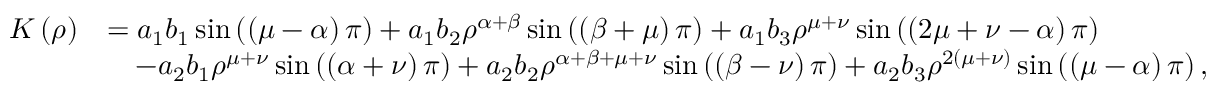
\begin{array} { r l } { K \left( \rho \right) } & { = a _ { 1 } b _ { 1 } \sin \left( \left( \mu - \alpha \right) \pi \right) + a _ { 1 } b _ { 2 } \rho ^ { \alpha + \beta } \sin \left( \left( \beta + \mu \right) \pi \right) + a _ { 1 } b _ { 3 } \rho ^ { \mu + \nu } \sin \left( \left( 2 \mu + \nu - \alpha \right) \pi \right) } \\ & { \quad - a _ { 2 } b _ { 1 } \rho ^ { \mu + \nu } \sin \left( \left( \alpha + \nu \right) \pi \right) + a _ { 2 } b _ { 2 } \rho ^ { \alpha + \beta + \mu + \nu } \sin \left( \left( \beta - \nu \right) \pi \right) + a _ { 2 } b _ { 3 } \rho ^ { 2 \left( \mu + \nu \right) } \sin \left( \left( \mu - \alpha \right) \pi \right) , } \end{array}